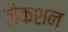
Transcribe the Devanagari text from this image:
जैकशन